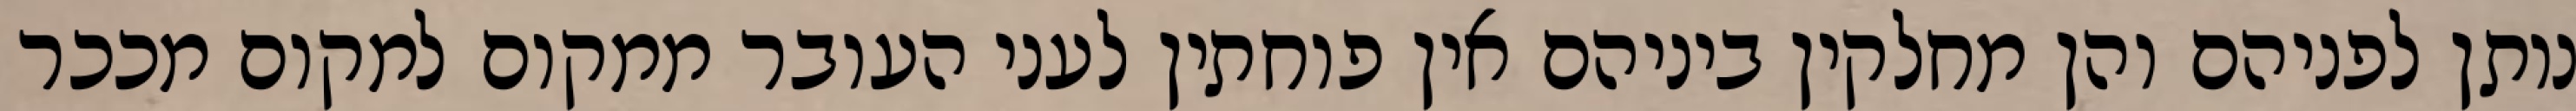
נותן לפניהם והן מחלקין ביניהם אין פוחתין לעני העובר ממקום למקום מככר